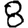
Digit: 8